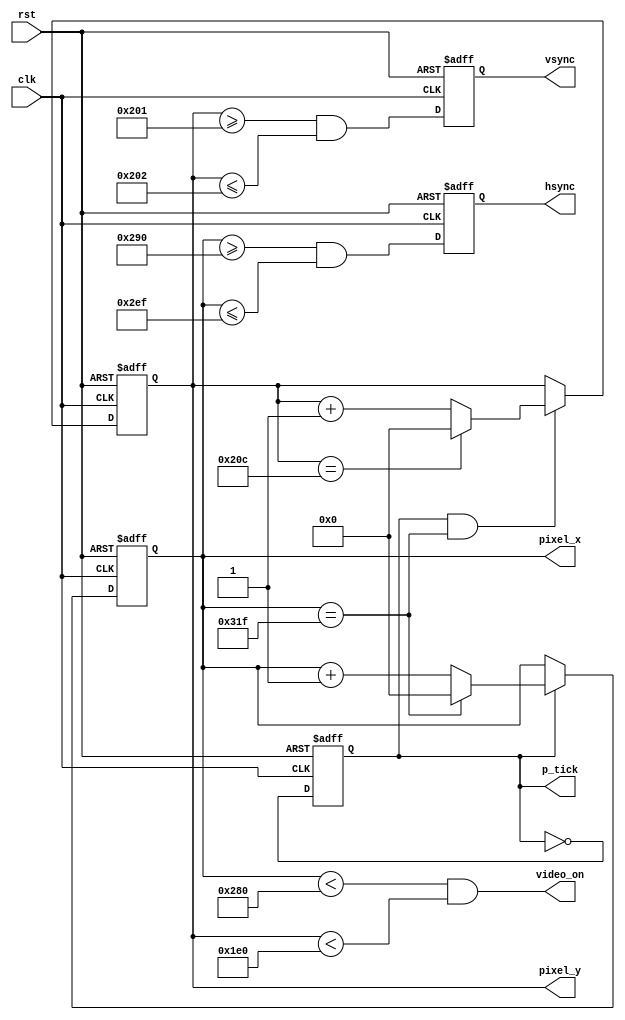
//took from FPGA Prototyping by Verilog Examples

module vga_sync(
	input clk,
	input rst,
	
	output hsync,
	output vsync,
	output video_on,
	output p_tick,
	
	output wire [9:0] pixel_x,
	output wire [9:0] pixel_y
	);
	
	//VGA 640x480 sync parameters
	localparam HD = 640; // horizontal display area
	localparam HF = 48; // h. front border
	localparam HB = 16; // h. back border
	localparam HR = 96; // h. retrace
	localparam VD = 480; // vertical display area
	localparam VF = 10; // v. front border
	localparam VB = 33; // v. back border
	localparam VR = 2;	// v. retrace
	
	// mod-2 counter
	reg mod2_reg;
	wire mod2_next;
	
	reg [9:0] h_count_reg, h_count_next;
	reg [9:0] v_count_reg, v_count_next;
	
	//output buffer
	reg v_sync_reg, h_sync_reg;
	wire v_sync_next, h_sync_next;
	
	//status signal
	wire h_end, v_end, pixel_tick;
	
	always @ (posedge clk, posedge rst)
		begin
			if (rst)
				begin
					mod2_reg <= 1'b0;
					v_count_reg <= 0;
					h_count_reg <= 0;
					v_sync_reg <= 1'b0;
					h_sync_reg <= 1'b0;
				end
			else
				begin
					mod2_reg <= mod2_next;
					v_count_reg <= v_count_next;
					h_count_reg <= h_count_next;
					v_sync_reg <= v_sync_next;
					h_sync_reg <= h_sync_next;
				end
		end
		
	assign mod2_next = ~mod2_reg;
	assign pixel_tick = mod2_reg;
	
	//799
	assign h_end = (h_count_reg == (HD + HF + HB + HR - 1));
	//524
	assign v_end = (v_count_reg == (VD + VF + VB + VR - 1));
	
	always @*
	begin
		if (pixel_tick)
			if (h_end)
				h_count_next = 0;
			else
				h_count_next = h_count_reg + 1'b1;
		else
			h_count_next = h_count_reg;
	end
	
	always @ *
		begin
			if (pixel_tick & h_end)
				if (v_end)
					v_count_next = 0;
				else
					v_count_next = v_count_reg + 1'b1;
			else
				v_count_next = v_count_reg;
		end
		
	assign h_sync_next = (h_count_reg >= (HD + HB) &&
						  h_count_reg <= (HD + HB + HR - 1));
						  
	assign v_sync_next = (v_count_reg >= (VD + VB) &&
						  v_count_reg <= (VD + VB + VR - 1));
						  
	assign video_on = (h_count_reg < HD) && (v_count_reg < VD);
	
	assign hsync = h_sync_reg;
	assign vsync = v_sync_reg;
	assign pixel_x = h_count_reg;
	assign pixel_y = v_count_reg;
	assign p_tick = pixel_tick;
	
endmodule